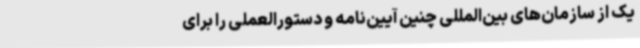
یک از سازمان‌های بین‌المللی چنین آیین‌نامه و دستورالعملی را برای